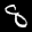
Label: 8